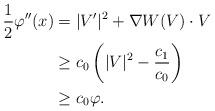
LaTeX: \begin{align*} \frac12\varphi''(x) &= |V'|^2 + \nabla W(V)\cdot V \\ &\ge c_0\left(|V|^2 - \frac{c_1}{c_0}\right) \\ &\ge c_0 \varphi.\end{align*}